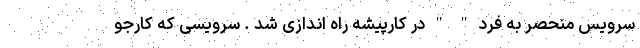
سرویس منحصر به فرد " " در کارپیشه راه اندازی شد . سرویسی که کارجو